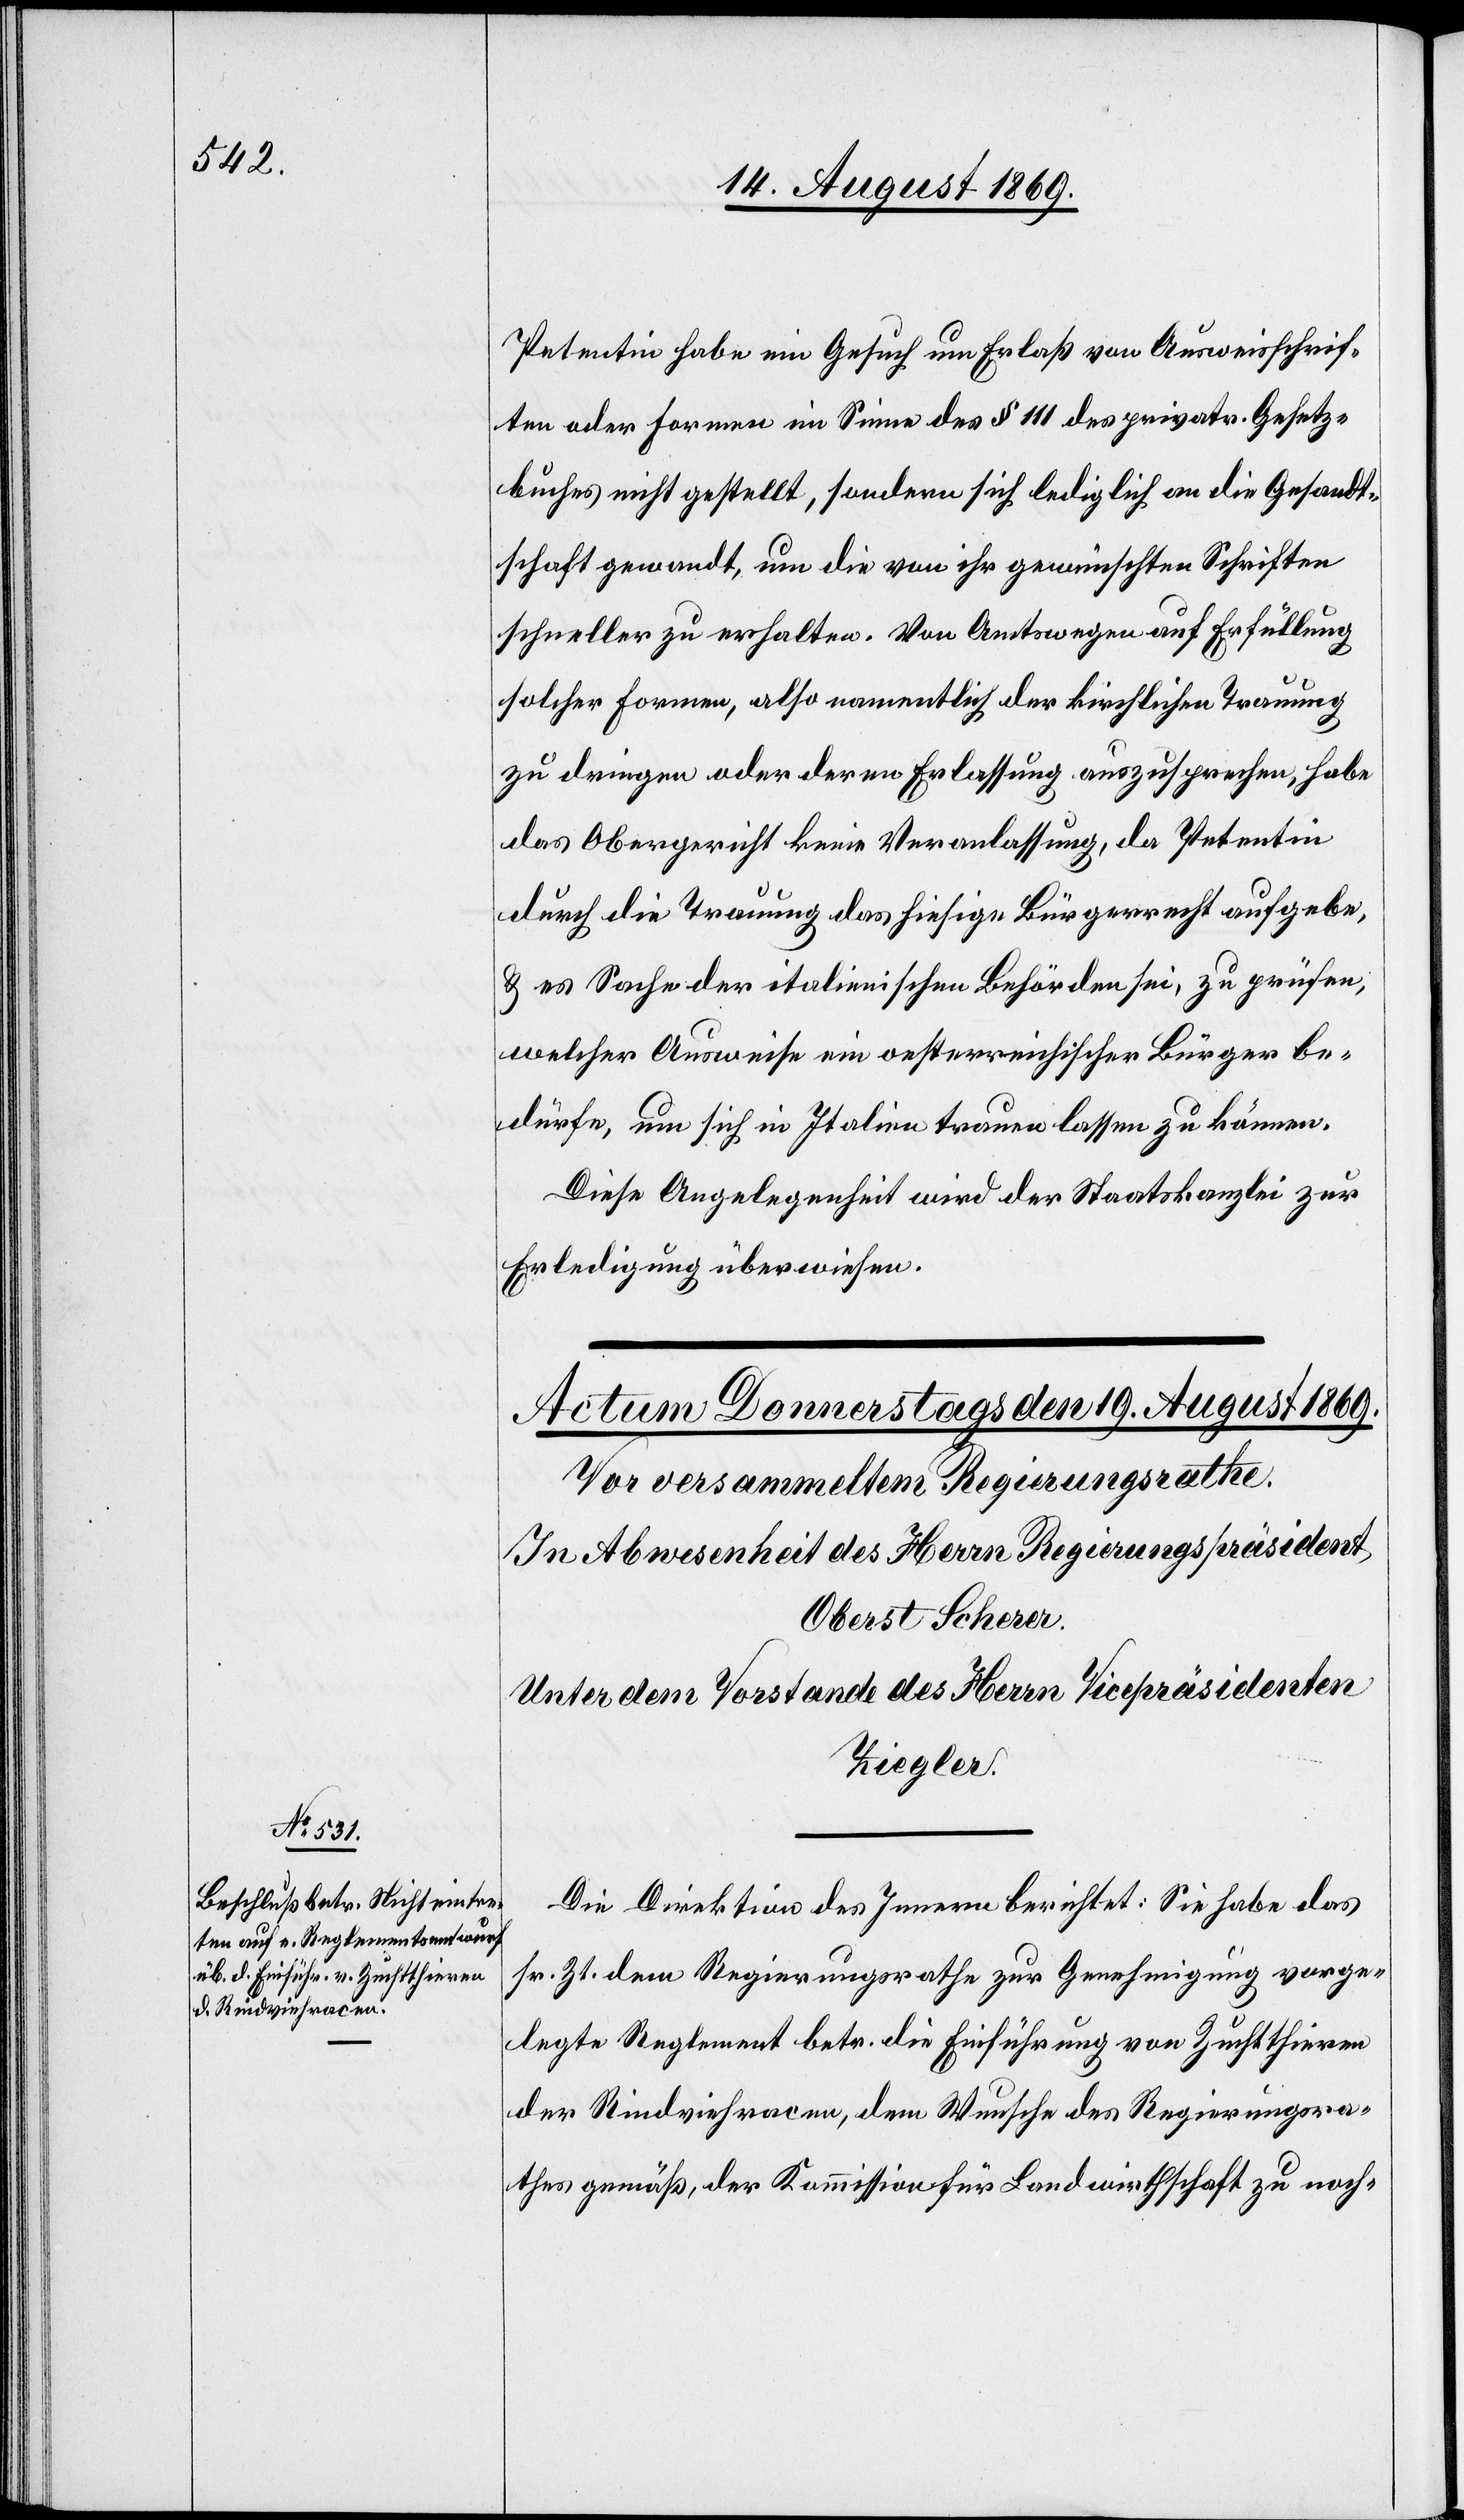
Petentin habe ein Gesuch um Erlaß von Ausweisschrif¬
ten oder Formen im Sinne des § 111 des privatr. Gesetz¬
buches nicht gestellt, sondern sich lediglich an die Gesandt¬
schaft gewandt, um die von ihr gewünschten Schriften
schneller zu erhalten. Von Amtswegen auf Erfüllung
solcher Formen, also namentlich der kirchlichen Trauung
zu dringen oder deren Erlassung auszusprechen, habe
das Obergericht keine Veranlassung, da Petentin
durch die Trauung das hiesige Bürgerrecht aufgebe,
& es Sache der italienischen Behörden sei, zu prüfen,
welcher Ausweise ein oesterreichischer Bürger be¬
dürfe, um sich in Italien trauen lassen zu können.
Diese Angelegenheit wird der Staatskanzlei zur
Erledigung überwiesen.
Die Direktion des Innern berichtet: Sie habe das
sr. Zt. dem Regierungsrathe zur Genehmigung vorge¬
legte Reglement betr. die Einführung von Zuchtthieren
der Rindviehracen, dem Wunsche des Regierungsra¬
thes gemäß, der Kommission für Landwirthschaft zu noch-